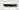
-